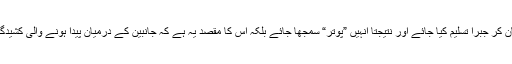
مذکورہ وضاحت اور میری محنت کا مطلب قطعا یہ نہیں کہ مولانا کی انہی باتوں کو حرف آخر مان کر جبرا تسلیم کیا جائے اور نتیجتا انہیں ”پوتر“ سمجھا جائے بلکہ اس کا مقصد یہ ہے کہ جانبین کے درمیان پیدا ہونے والی کشیدگی کم اور لایعنی چیزوں، لغویات سے دھیان ہٹا کر کسی بامعنی امر کی طرف گامزن کیا جاسکے۔